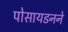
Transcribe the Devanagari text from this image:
पोसायडनने